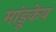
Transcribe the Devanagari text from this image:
मांडूकेय